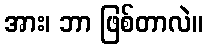
အား၊ ဘာ ဖြစ်တာလဲ။